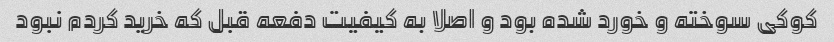
کوکی سوخته و خورد شده بود و اصلا به کیفیت دفعه قبل که خرید کردم نبود